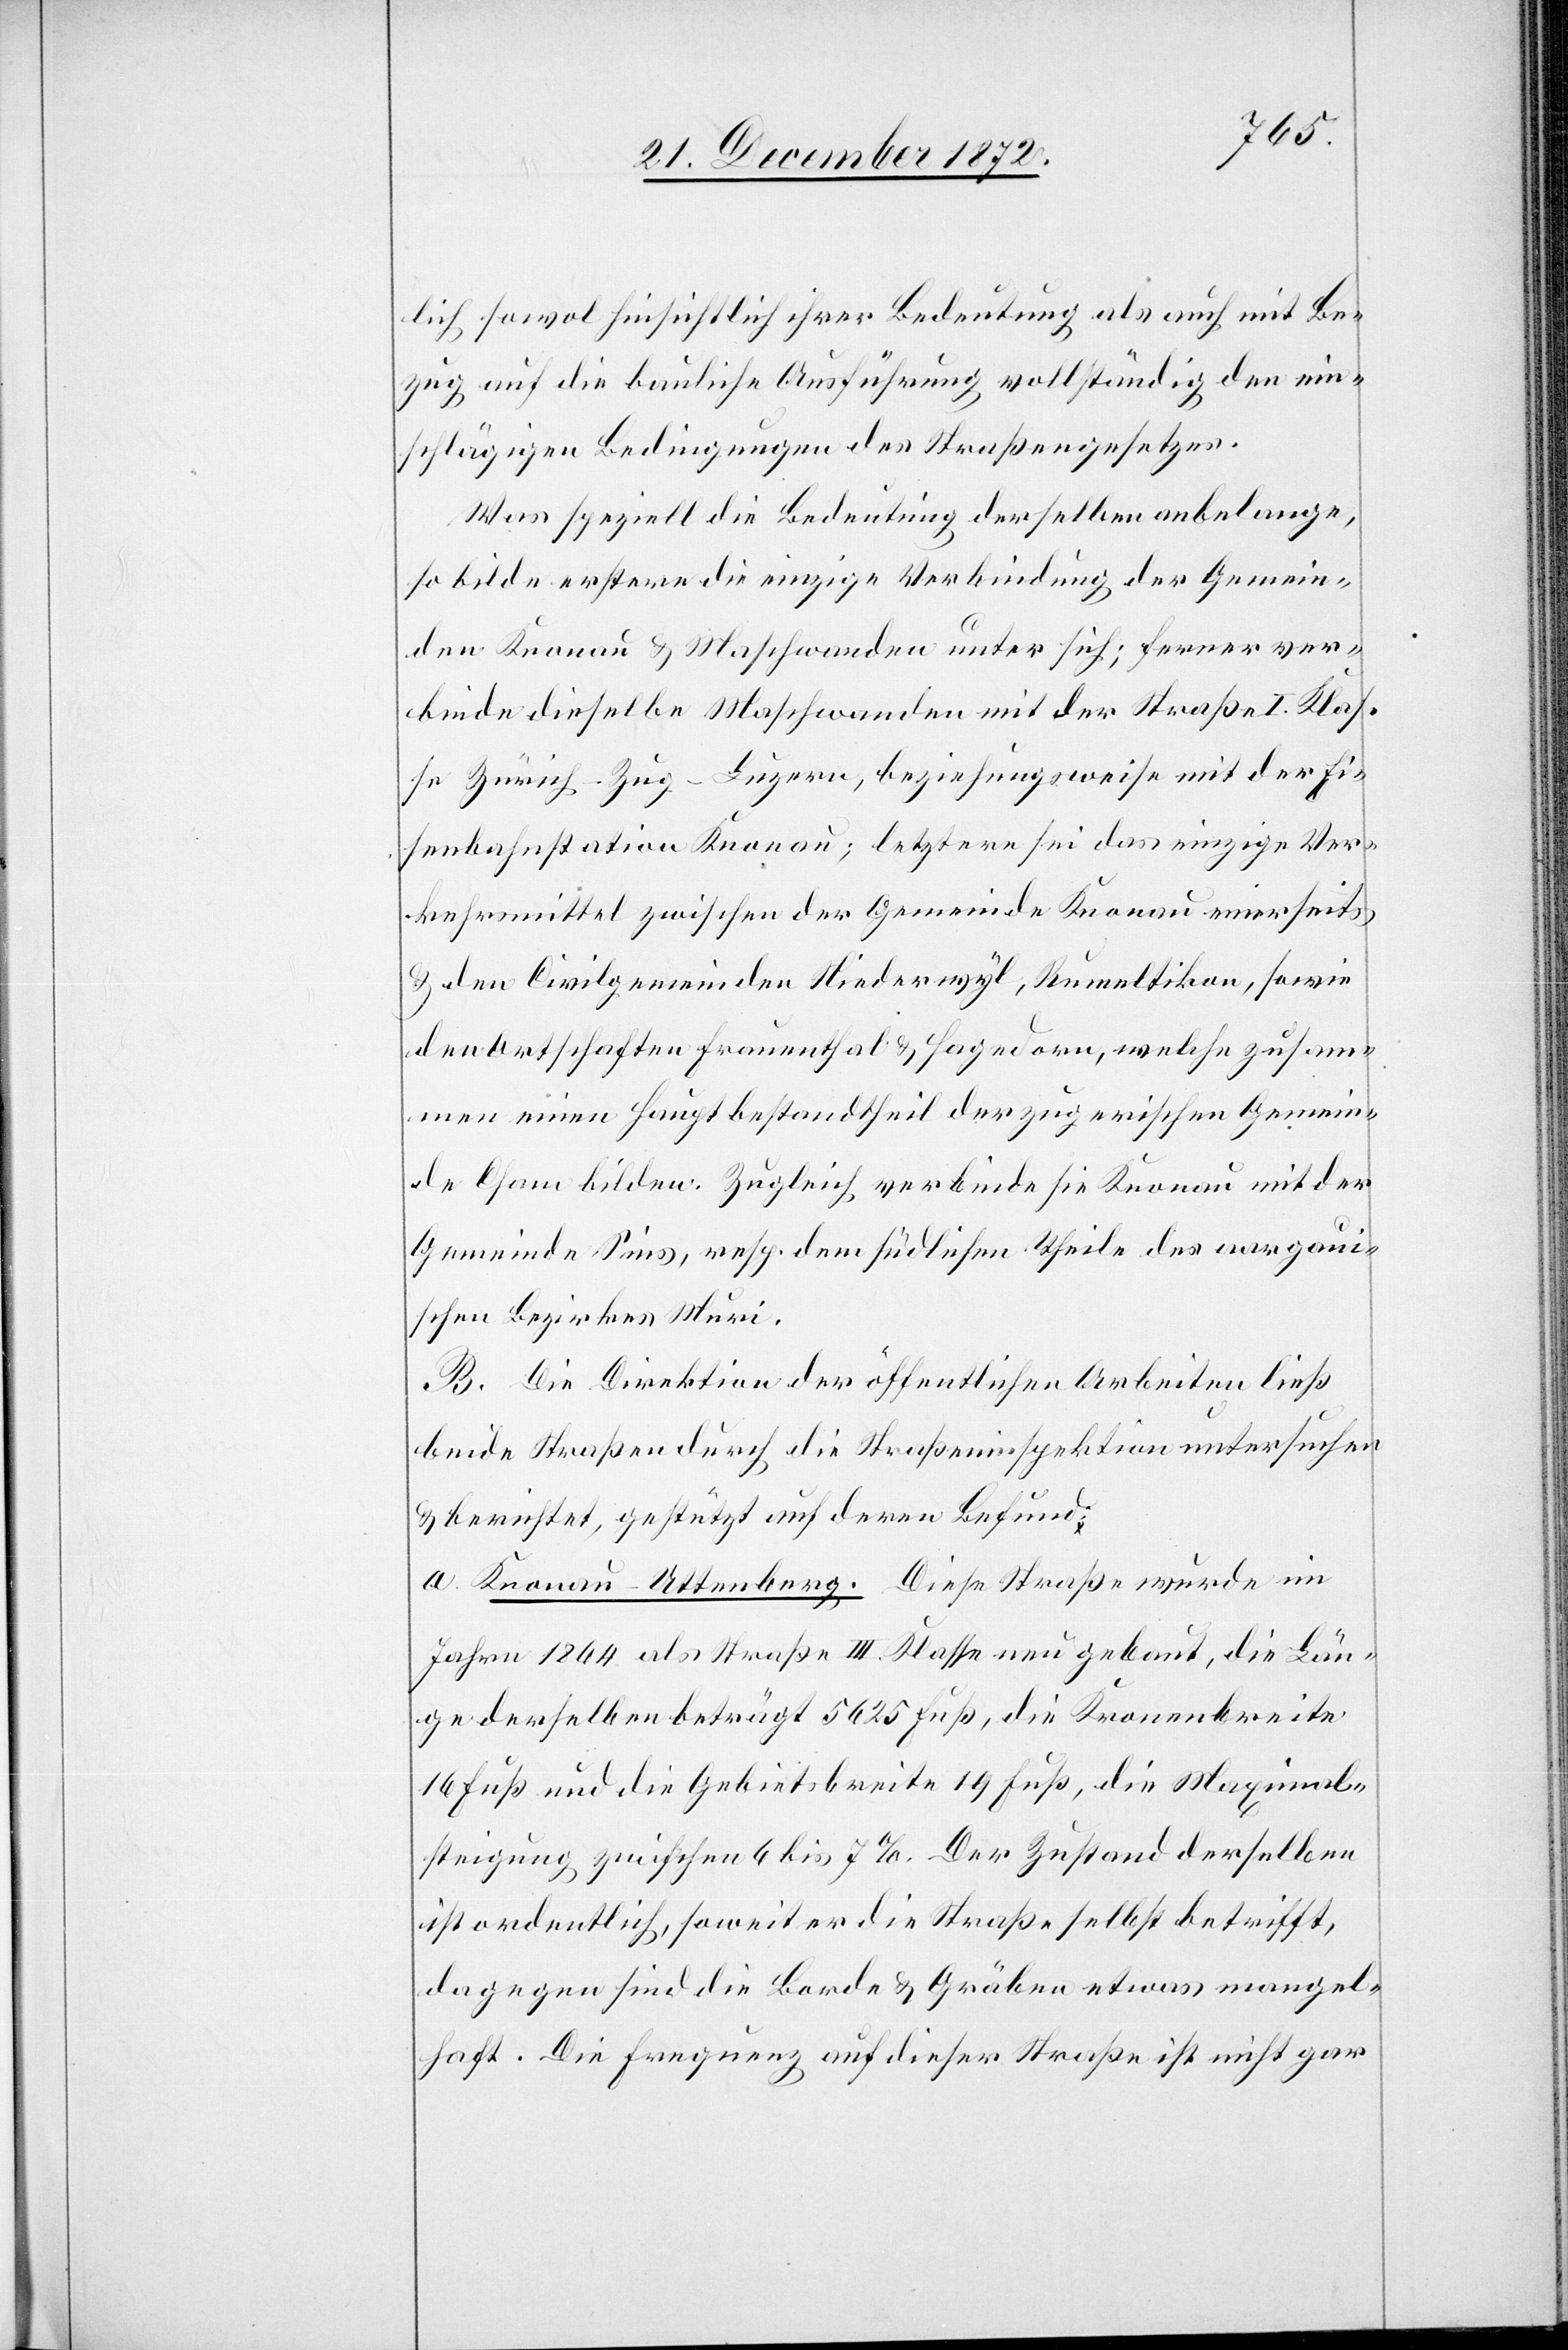
lich sowol hinsichtlich ihrer Bedeutung als auch mit Be¬
zug auf die bauliche Ausführung vollständig den ein¬
schlägigen Bedingungen des Straßengesetzes.
Was speziell die Bedeutung derselben anbelange,
so bilde erstere die einzige Verbindung der Gemein¬
den Knonau u. Maschwanden unter sich; ferner ver¬
binde dieselbe Maschwanden mit der Straße I. Klas¬
se Zürich–Zug–Luzern, beziehungsweise mit der Ei¬
senbahnstation Knonau; letztere sei das einzige Ver¬
kehrsmittel zwischen der Gemeinde Knonau einerseits
u. den Civilgemeinden Niederwyl, Rumeltikon, sowie
den Ortschaften Frauenthal u. Hagedorn, welche zusam¬
men einen Hauptbestandtheil der zugerischen Gemein¬
de Cham bilden. Zugleich verbinde sie Knonau mit der
Gemeinde Sims, resp. dem südlichen Theile des aargaui¬
schen Bezirkes Muri.
B. Die Direktion der öffentlichen Arbeiten ließ
beide Straßen durch die Straßeninspektion untersuchen
u. berichtet, gestützt auf deren Befund:
a. Knonau–Uttenberg. Diese Straße wurde im
Jahre 1864 als Straße III. Klasse neu gebaut, die Län¬
ge derselben beträgt 5625 Fuß, die Kronenbreite
16 Fuß und die Gebietsbreite 19 Fuß, die Maximal¬
steigung zwischen 6 bis 7%. Der Zustand derselben
ist ordentlich, soweit die Straße selbst betrifft,
dagegen sind die Borde u. Gräben etwas mangel¬
haft. Die Frequenz auf dieser Straße ist nicht gar